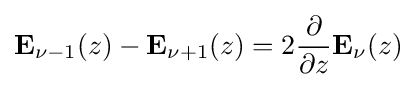
\mathbf {E} _{\nu -1}(z)-\mathbf {E} _{\nu +1}(z)=2{\dfrac {\partial }{\partial z}}\mathbf {E} _{\nu }(z)